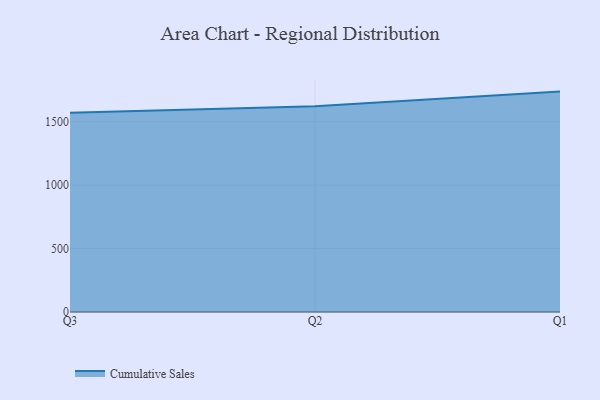
{"axis": {"x": "Quarter", "y": "Satisfaction Score"}, "legend": ["Cumulative Sales"], "data": [{"x": "Q3", "y": 1569.6, "type": "Cumulative Sales"}, {"x": "Q2", "y": 1621.4, "type": "Cumulative Sales"}, {"x": "Q1", "y": 1736.9, "type": "Cumulative Sales"}]}